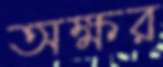
অক্ষর